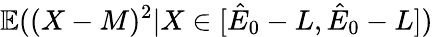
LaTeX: \mathbb{E}((X-M)^{2}|X\in[\hat{E}_{0}-L,\hat{E}_{0}-L])